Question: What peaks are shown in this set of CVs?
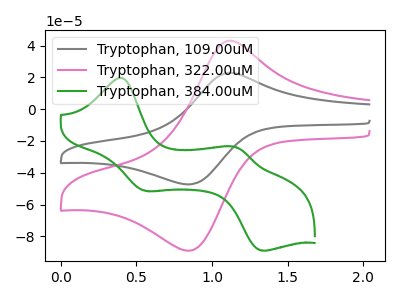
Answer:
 <answer>The gray curve "Tryptophan, 109.00uM" has an anodic peak at (1.10V, 22.85uA) and a cathodic peak at (0.85V, -47.30uA). The pink curve "Tryptophan, 322.00uM" has an anodic peak at (1.10V, 43.05uA) and a cathodic peak at (0.85V, -89.05uA). The green curve "Tryptophan, 384.00uM" has anodic peaks at (0.40V, 19.55uA) (1.15V, -24.10uA) and cathodic peaks at (0.55V, -51.40uA) (1.35V, -88.95uA).</answer>
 <eval></eval>